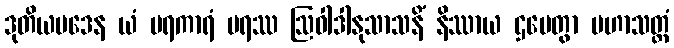
ဒုတိယပဒေန ယံ ပရကာရံ ပရဿ ဩဝါဒါနုသာသနိံ နိဿာယ ဌပေတွာ မဟာသတ္တံ